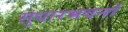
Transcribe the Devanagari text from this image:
सुधारभवनों